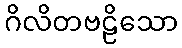
ဂိလိတဗဠိသော